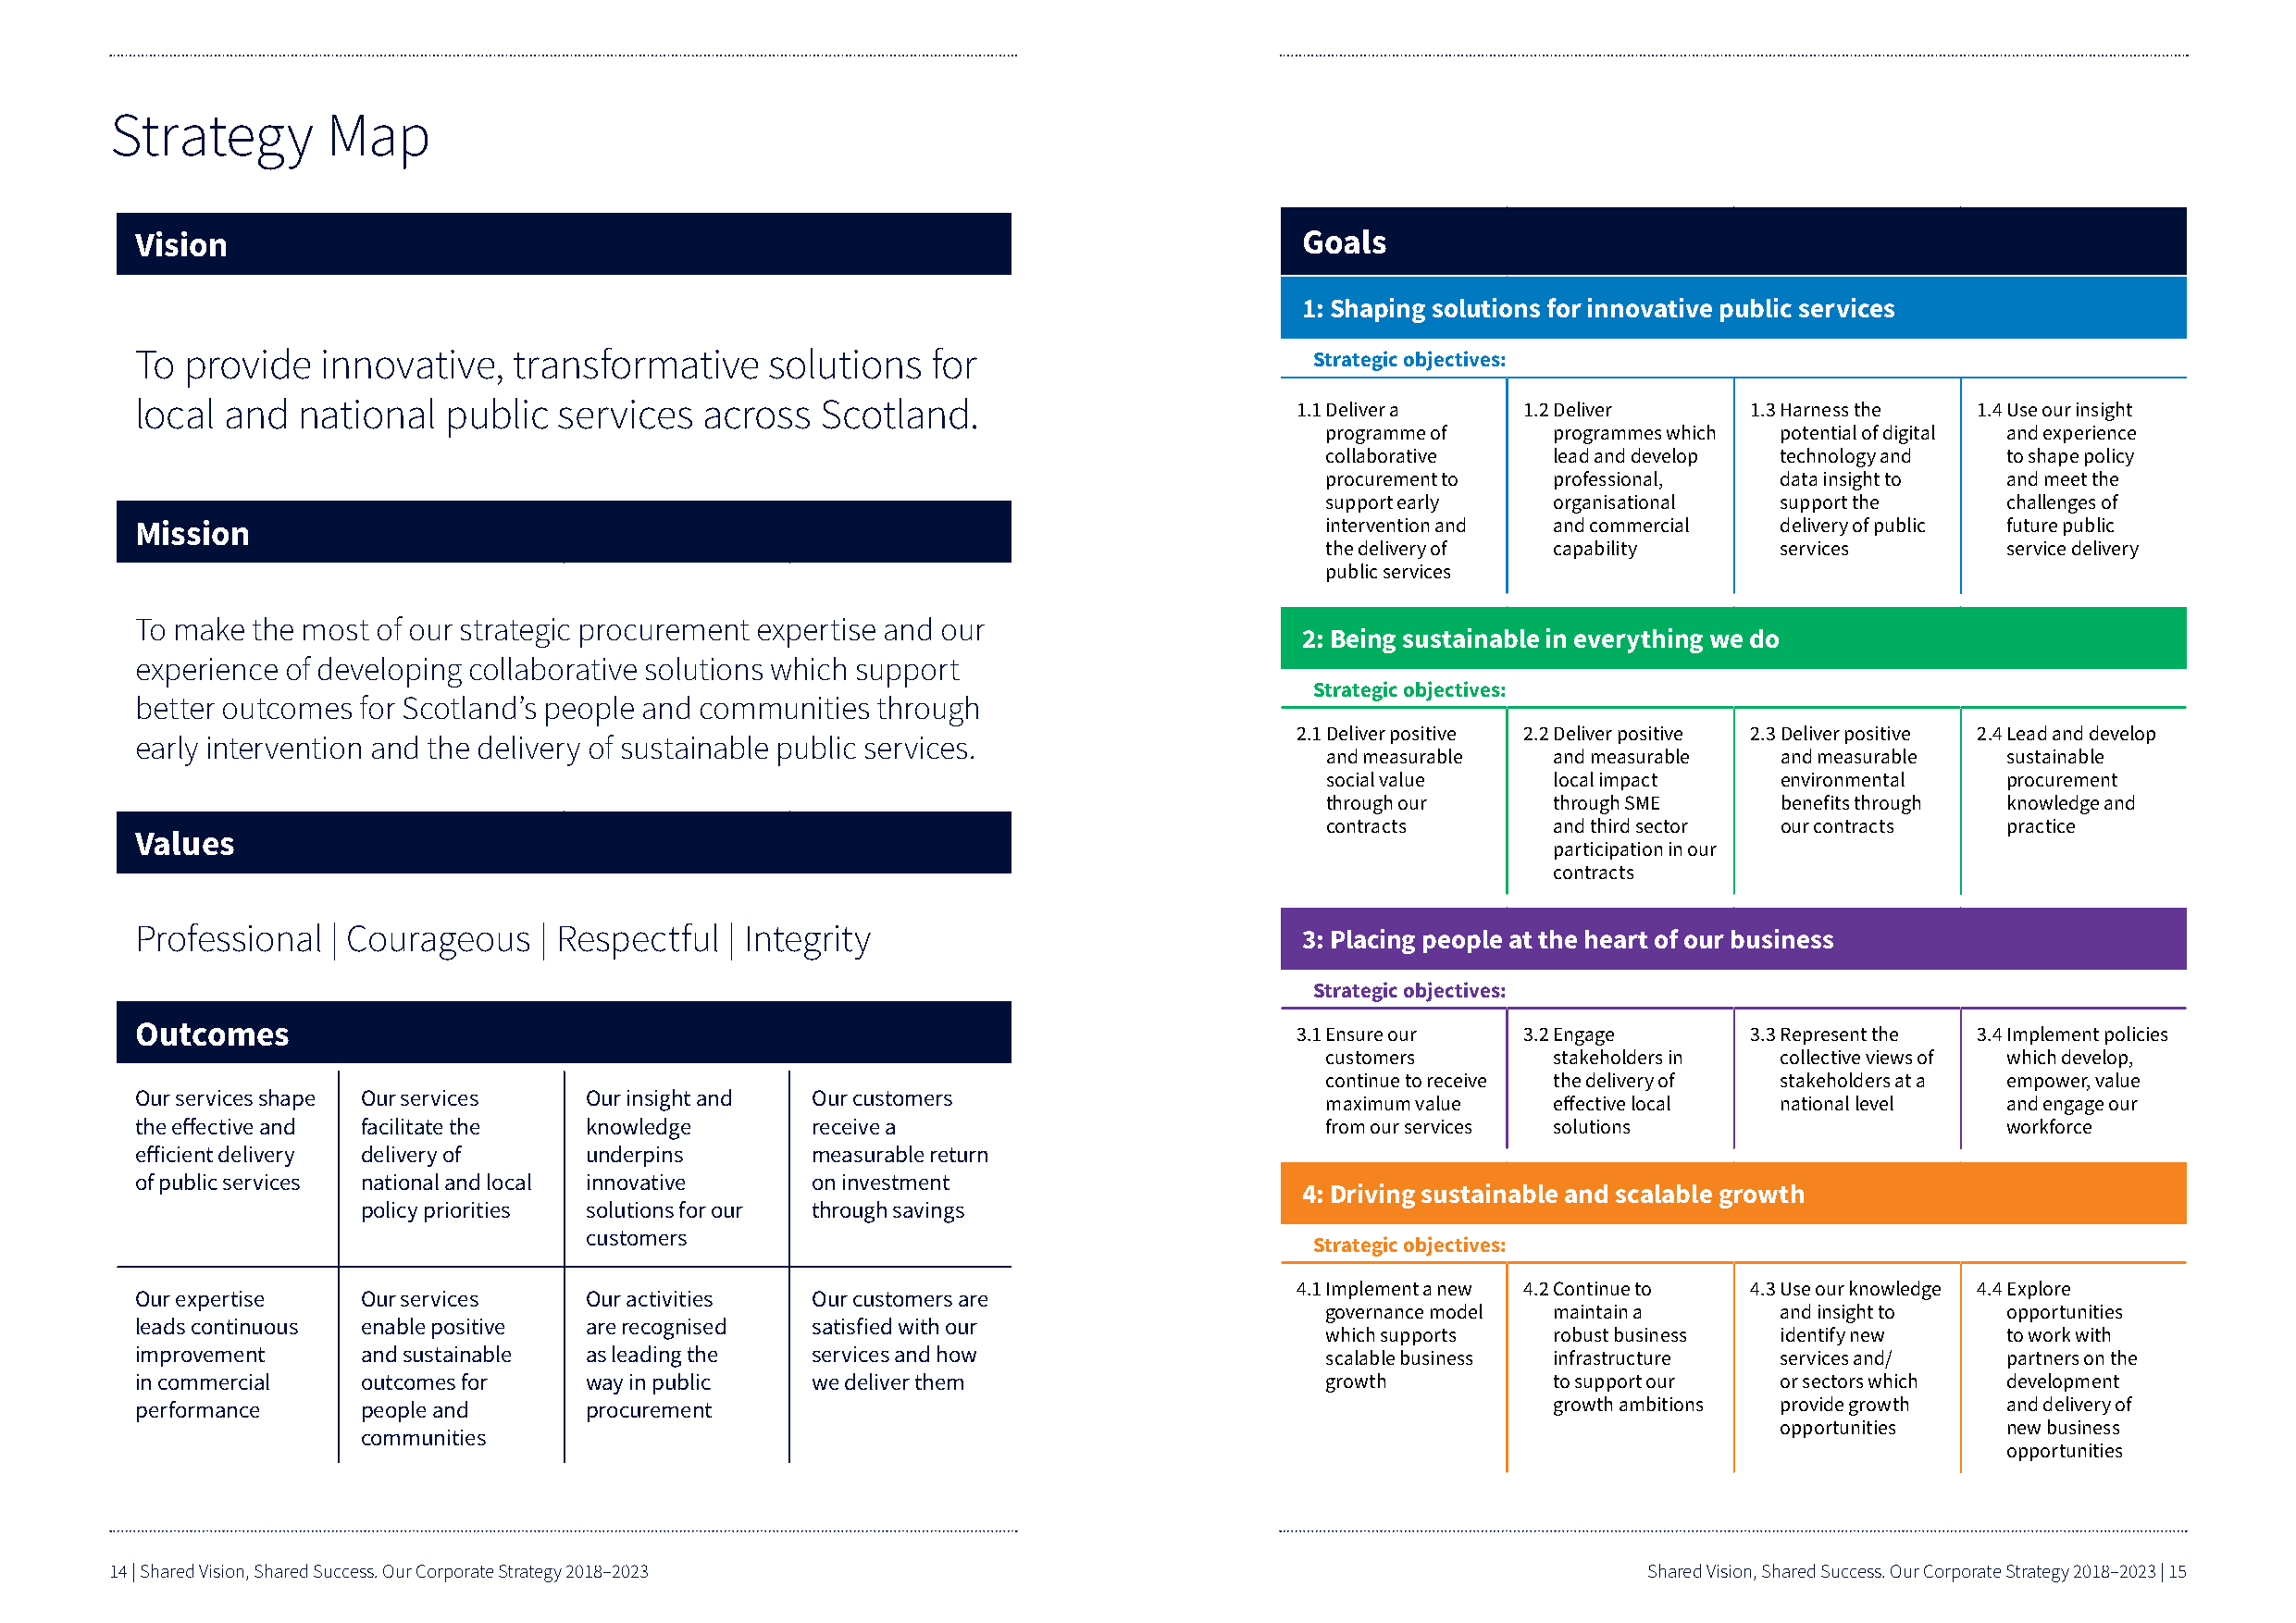
Strategy       Map
 Vision                                                                             Goals
 1: S haping solutions for innovative public services
 To provide   innovative,   transformative    solutions   for                        Strategic objectives:
 local and  national   public  services  across   Scotland.                         1 1 Deliver a   1 2 Deliver     1 3 Harness the 1 4 Use our insight
 programme of    programmes which potential of digital and experience
 collaborative   lead and develop technology and to shape policy
 procurement to  professional,   data insight to and meet the
 support early   organisational  support the     challenges of
 Mission                                                                              intervention and and commercial delivery of public future public
 the delivery of capability      services        service delivery
 public services
 To make the most of our strategic procurement expertise and our
 2: B eing sustainable in everything we do
 experience of developing collaborative solutions which support
 Strategic objectives:
 better outcomes for Scotland’s people and communities through
 2 1 Deliver positive 2 2 Deliver positive 2 3 Deliver positive 2 4 Lead and develop
 early intervention and the delivery of sustainable public services.
 and measurable  and measurable  and measurable   sustainable
 social value    local impact    environmental    procurement
 through our     through SME     benefits through knowledge and
 contracts       and third sector our contracts   practice
 Values
 participation in our
 contracts
 Professional  | Courageous   | Respectful | Integrity
 3: P lacing people at the heart of our business
 Strategic objectives:
 Outcomes                                                                           3 1 Ensure our  3 2 Engage      3 3 Represent the 3 4 Implement policies
 customers       stakeholders in collective views of which develop,
 continue to receive the delivery of stakeholders at a empower, value
 Our services shape Our services Our insight and Our customers
 maximum value   effective local national level  and engage our
 the effective and facilitate the knowledge      receive a                            from our services solutions                     workforce
 efficient delivery delivery of  underpins       measurable return
 of public services national and local innovative on investment
 4: D riving sustainable and scalable growth
 policy priorities solutions for our through savings
 customers
 Strategic objectives:
 4 1 Implement a new 4 2 Continue to 4 3 Use our knowledge 4 4 Explore
 Our expertise   Our services    Our activities  Our customers are
 governance model maintain a     and insight to  opportunities
 leads continuous enable positive are recognised satisfied with our
 which supports  robust business identify new    to work with
 improvement     and sustainable as leading the  services and how                     scalable business infrastructure services and/  partners on the
 in commercial   outcomes for    way in public   we deliver them                      growth          to support our  or sectors which development
 performance     people and      procurement                                                          growth ambitions provide growth and delivery of
 opportunities   new business
 communities
 opportunities
 14 | Shared Vision, Shared Success. Our Corporate Strategy 2018–2023                                          Shared Vision, Shared Success. Our Corporate Strategy 2018–2023 | 15